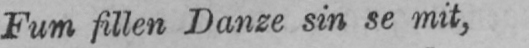
Fum fillen Danze sin se mit,